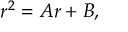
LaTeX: r ^ { 2 } = A r + B ,